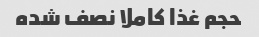
حجم غذا کاملا نصف شده